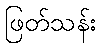
ဖြတ်သန်း